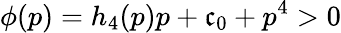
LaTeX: \phi(p)=h_{4}(p)p+\mathfrak{c}_{0}+p^{4}>0